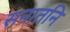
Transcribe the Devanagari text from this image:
सनातनि